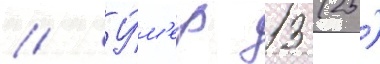
// У́м'ер 13 (25)